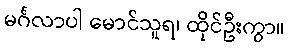
မင်္ဂလာပါ မောင်သူရ၊ ထိုင်ဦးကွာ။